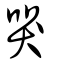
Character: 哭